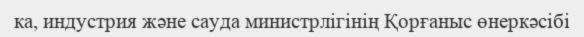
ка, индустрия және сауда министрлігінің Қорғаныс өнеркәсібі